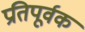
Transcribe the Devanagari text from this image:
प्रतिपूर्वक